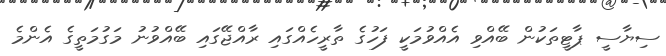
ސިޔާސީ ޕާޓީތަކުން ބޭއްވި އެއްވުމަކީ ފަހުގެ ތާރީހެއްގައި ރާއްޖޭގައި ބޭއްވުނު މަގުމަތީގެ އެންމެ